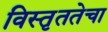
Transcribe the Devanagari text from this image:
विस्तृततेचा